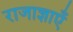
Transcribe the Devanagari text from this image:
राजाज्ञाएँ